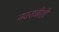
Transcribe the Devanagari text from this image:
नवरात्रीशी